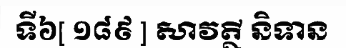
ទី៦[ ១៨៩ ] សាវត្ថី និទាន